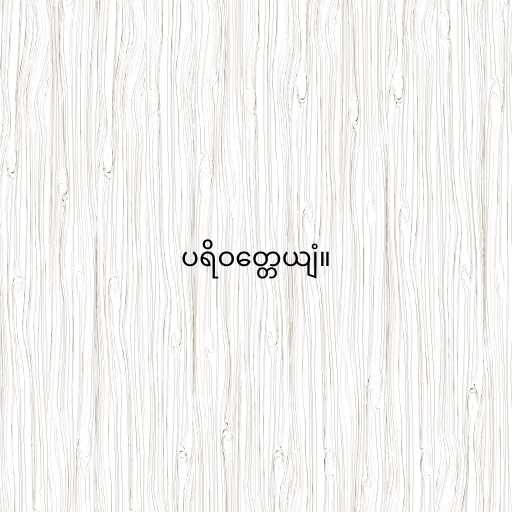
ပရိဝတ္တေယျံ။